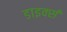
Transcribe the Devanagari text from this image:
डाइर्क्स